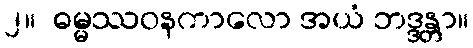
၂။  ဓမ္မဿဝနကာလော အယံ ဘဒ္ဒန္တာ။